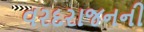
વરદરાજનની